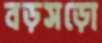
বড়সড়ো